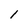
Character: 1